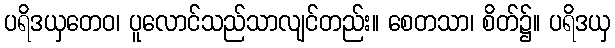
ပရိဒယှတေဝ၊ ပူလောင်သည်သာလျင်တည်း။ စေတသာ၊ စိတ်၌။ ပရိဒယှ